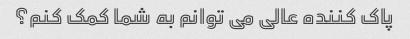
پاک کننده عالی می توانم به شما کمک کنم؟